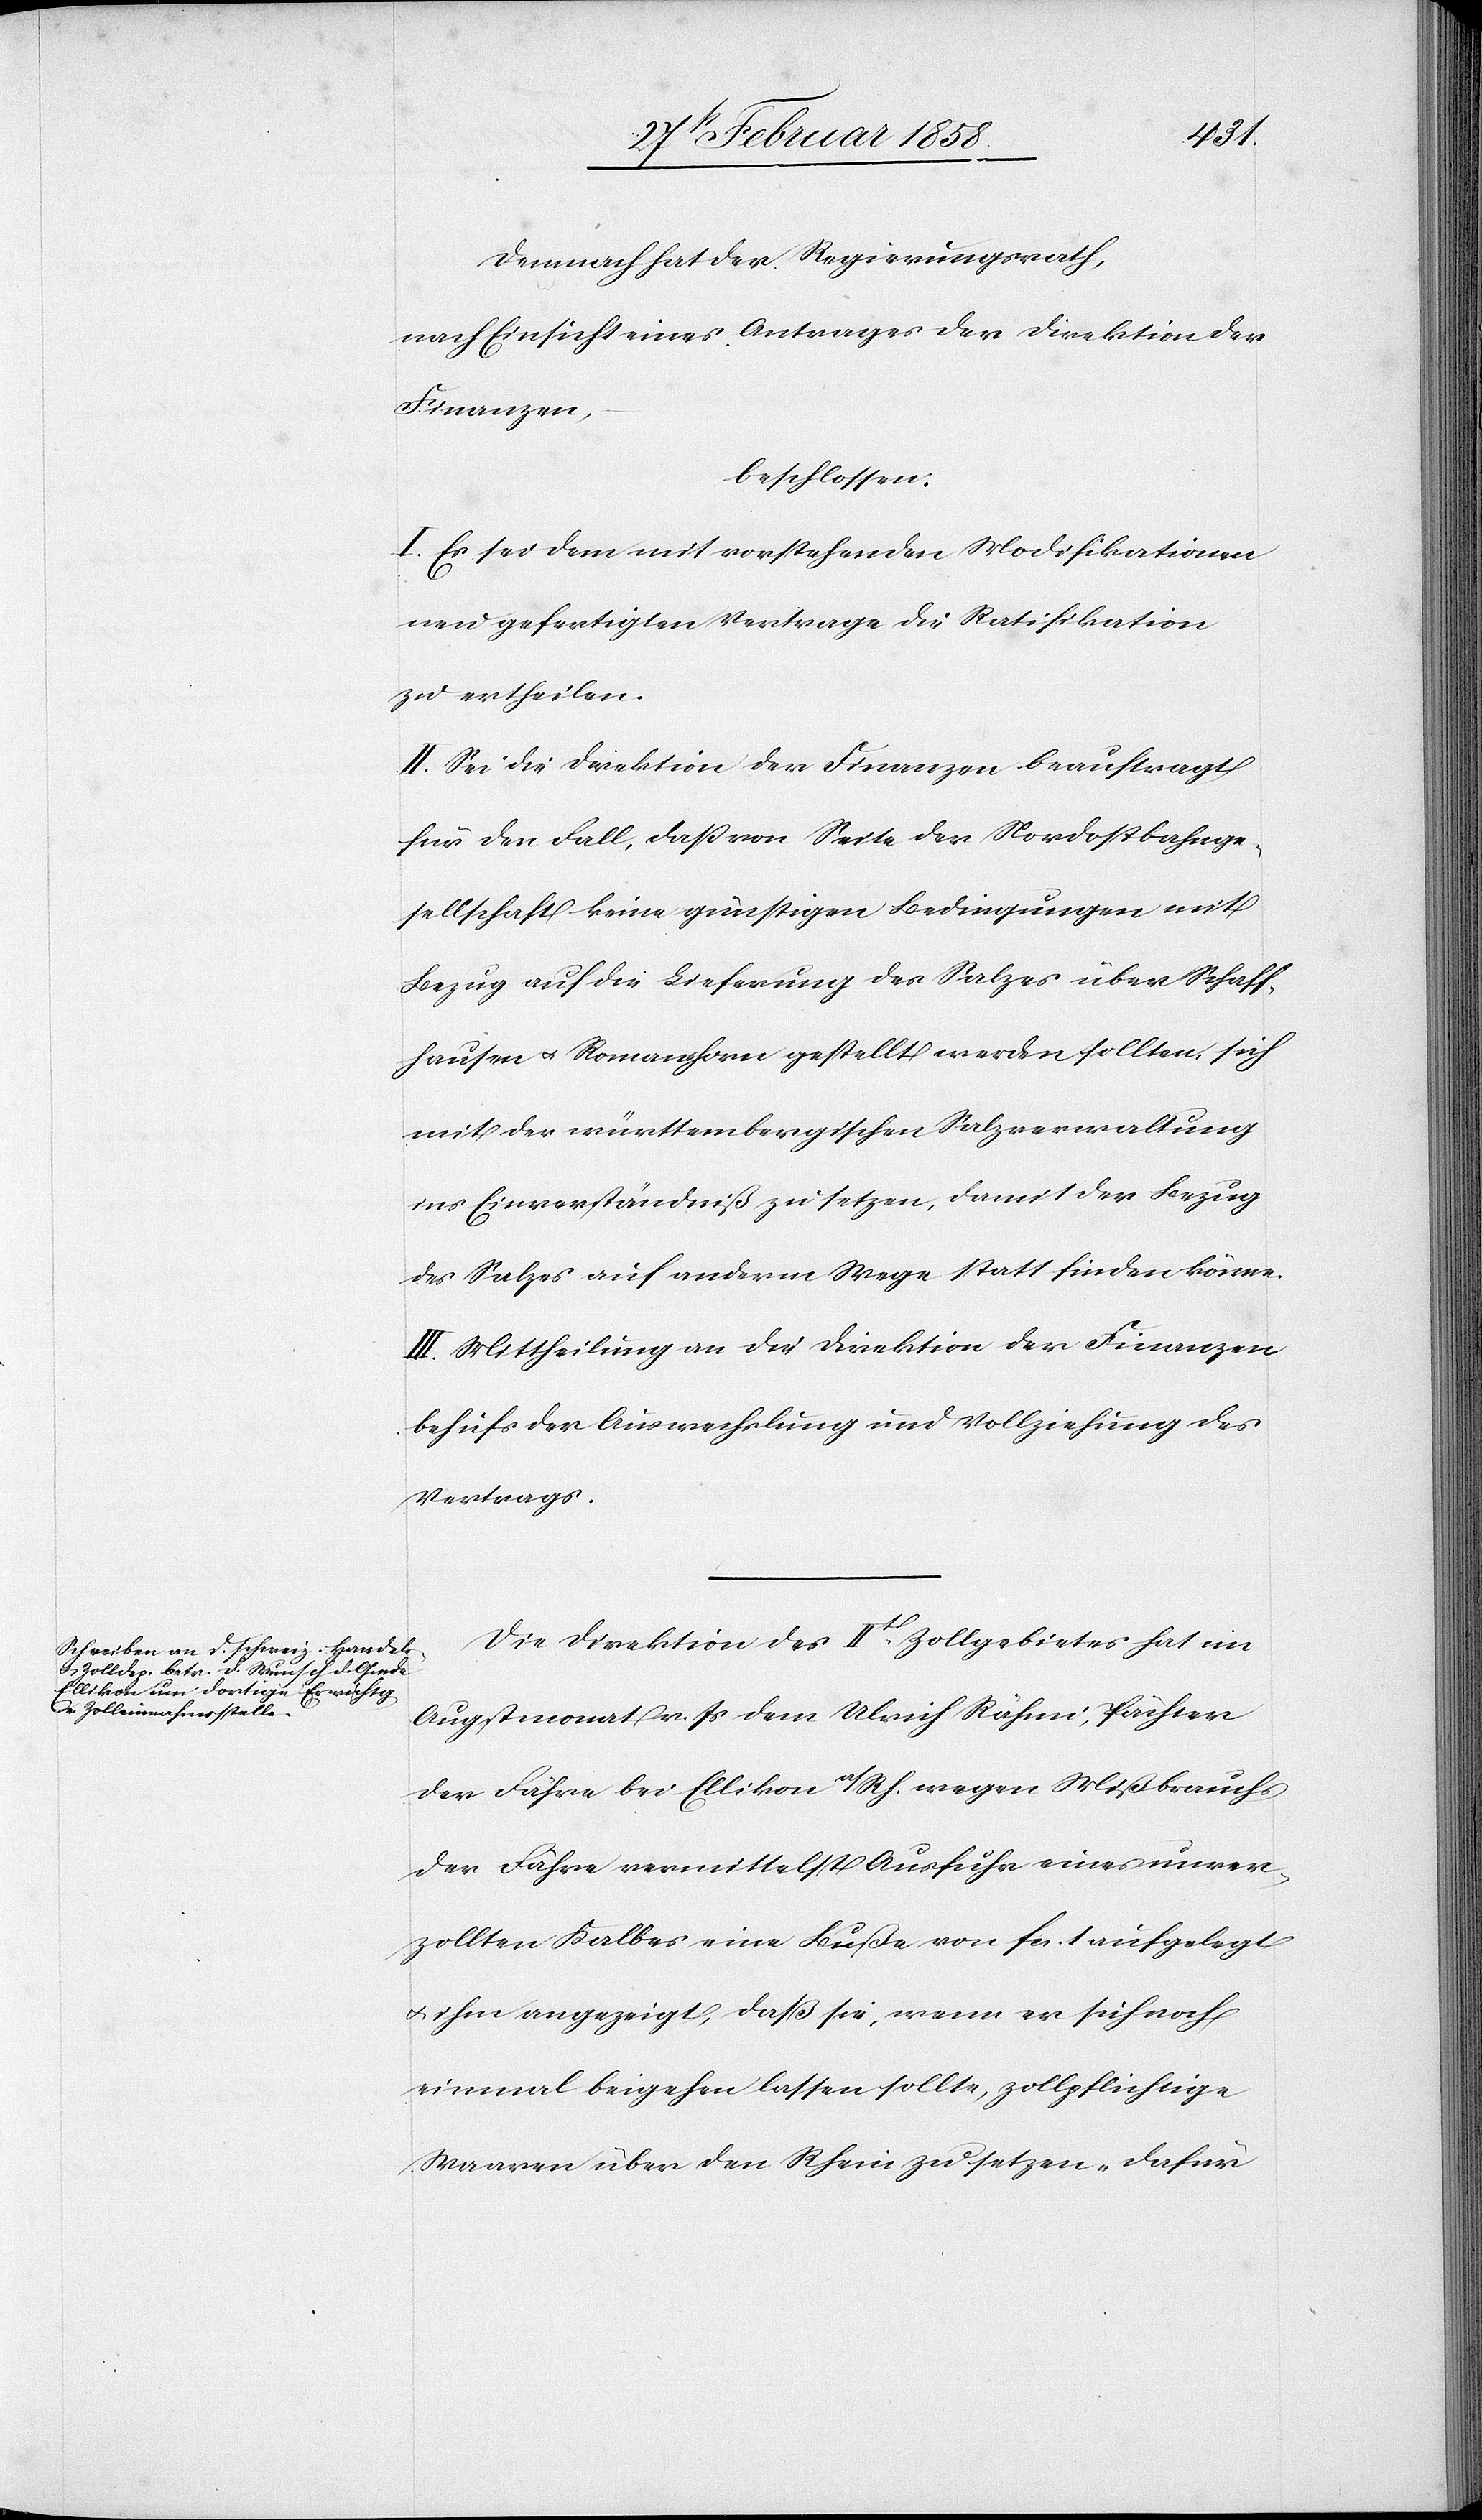
Demnach hat der Regierungsrath,
nach Einsicht eines Antrages der Direktion der
Finanzen,
beschlossen:
I. Es sei dem mit vorstehenden Modifikationen
neu gefertigten Vertrage die Ratifikation
zu ertheilen.
II. Sei die Direktion der Finanzen beauftragt
für den Fall, daß von Seite der Nordostbahnge¬
sellschaft keine günstigen Bedingungen mit
Bezug auf die Lieferung des Salzes über Schaff¬
hausen u. Romanshorn gestellt werden sollten, sich
mit der württembergischen Salzverwaltung
ins Einverständniß zu setzen, damit der Bezug
des Salzes auf anderm Wege statt finden könne.
III. Mittheilung an die Direktion der Finanzen
behufs der Auswechslung und Vollziehung des
Vertrages.
Die Direktion des IIt Zollgebietes hat im
Augstmonat v. Js dem Ulrich Rähmi, Pächter
der Fähre bei Ellikon a/Rh. wegen Mißbrauch
der Fähre vermittelst Ausfuhr eines unver¬
zollten Kalbes eine Buße von fcs. 1 aufgelegt
u. ihm angezeigt, daß sie, wenn er sich noch
einmal beigehen lassen sollte, zollpflichtige
Waaren über den Rhein zu setzen „dafür